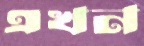
এখন